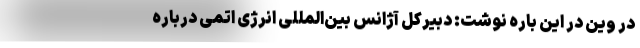
در وین در این باره نوشت: دبیرکل آژانس بین‌المللی انرژی اتمی درباره